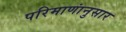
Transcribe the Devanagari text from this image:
परिमाणांनुसार